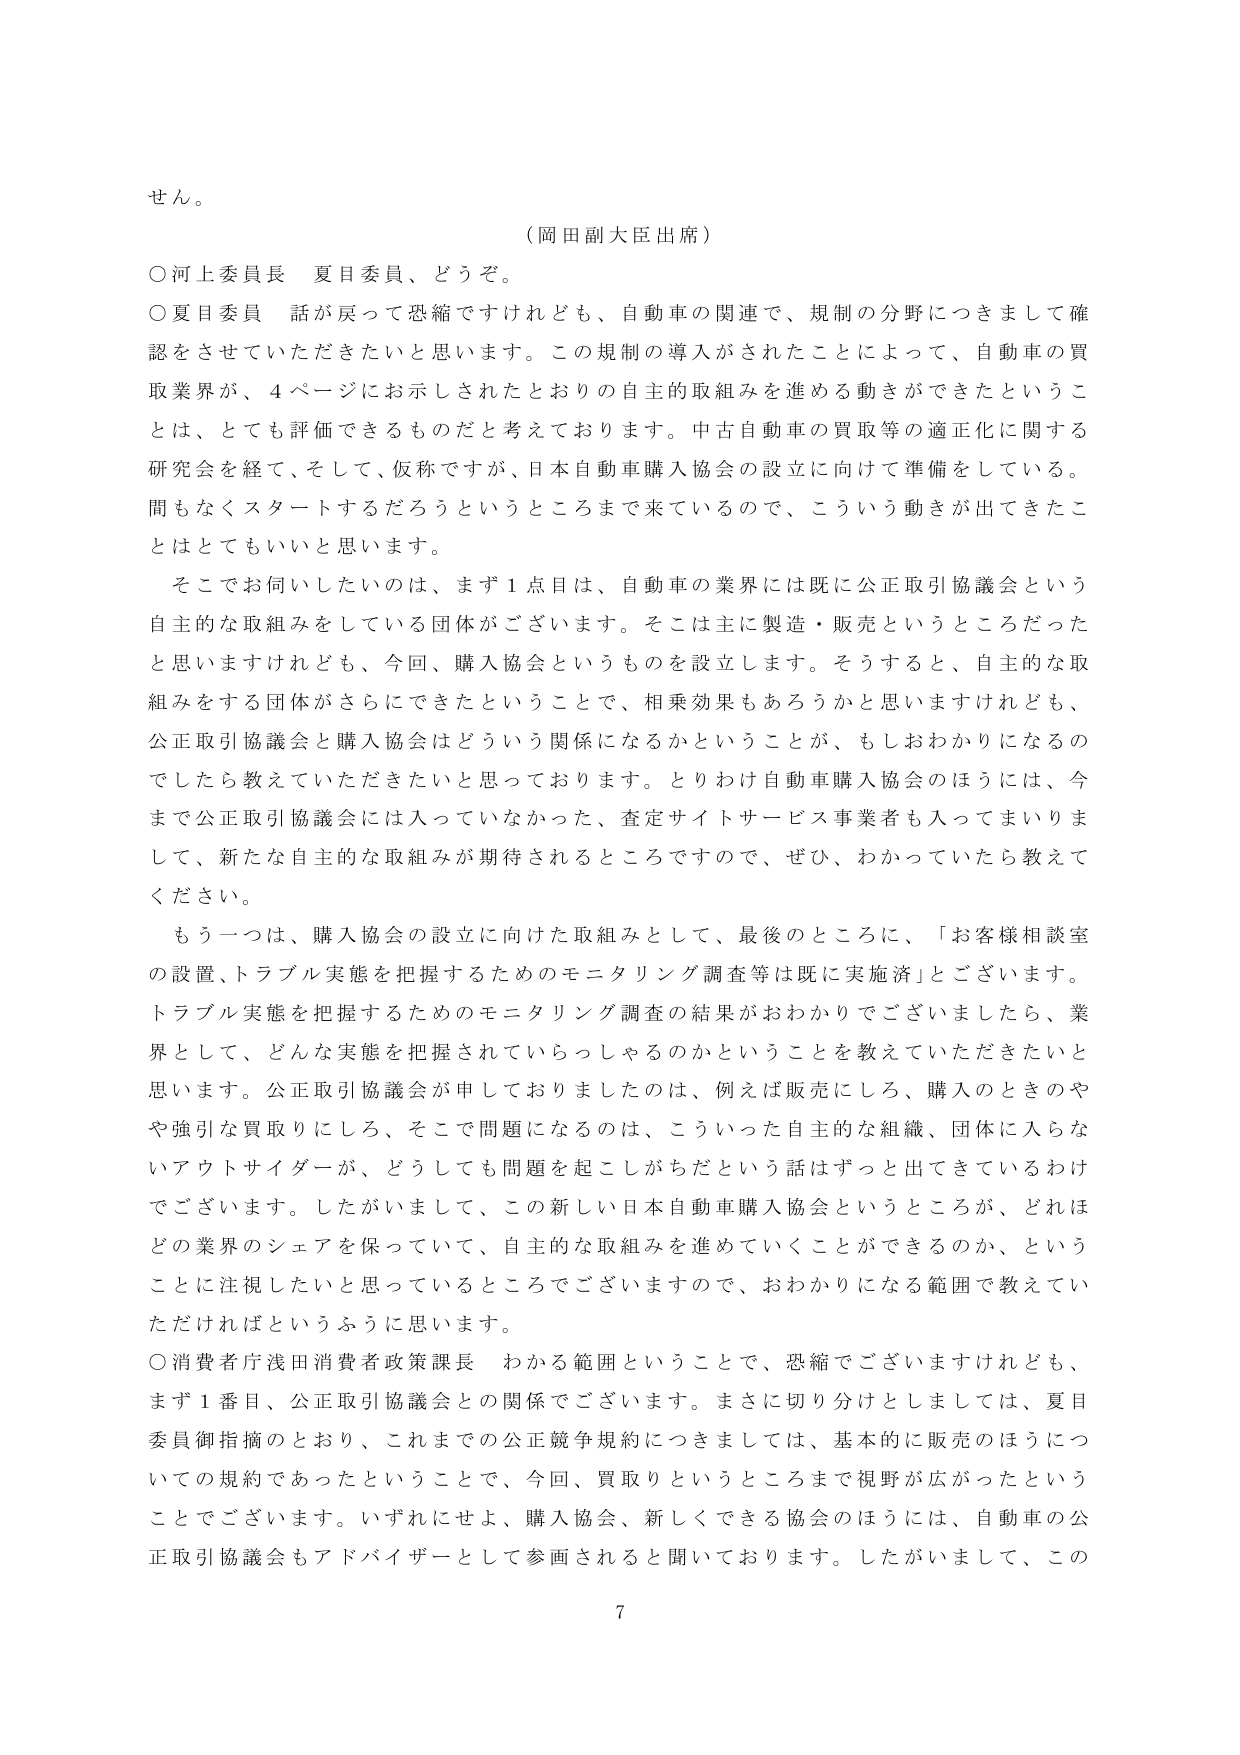
せん。

（岡田副大臣出席）

○河上委員長　夏目委員、どうぞ。

○夏目委員　話が戻って恐縮ですけれども、自動車の関連で、規制の分野につきまして確認をさせていただきたいと思います。この規制の導入がされたことによって、自動車の買取業界が、4ページにお示しされたとおりの自主的取組みを進める動きができたということは、とても評価できるものだと考えております。中古自動車の買取等の適正化に関する研究会を経て、そして、仮称ですが、日本自動車購入協会の設立に向けて準備をしている。間もなくスタートするだろうというところまで来ているので、こういう動きが出てきたことはとてもいいと思います。

そこでお伺いしたいのは、まず1点目は、自動車の業界には既に公正取引協議会という自主的な取組みをしている団体がございます。そこは主に製造・販売というところだったと思いますけれども、今回、購入協会というものを設立します。そうすると、自主的な取組みをする団体がさらにできたということで、相乗効果もあろうかと思いますけれども、公正取引協議会と購入協会はどういう関係になるかということが、もしおわかりになるのでしたら教えていただきたいと思っております。とりわけ自動車購入協会のほうには、今まで公正取引協議会には入っていなかった、査定サイトサービス事業者も入ってまいりまして、新たな自主的な取組みが期待されるところですので、ぜひ、わかっていただいたら教えてください。

もう一つは、購入協会の設立に向けた取組みとして、最後のところに、「お客様相談室の設置、トラブル実態を把握するためのモニタリング調査等は既に実施済」とございます。トラブル実態を把握するためのモニタリング調査の結果がおわかりでございましたら、業界として、どんな実態を把握されていらっしゃるのかということを教えていただきたいと思います。公正取引協議会が申しておりましたのは、例えば販売にしろ、購入のときのやや強引な買取りにしろ、そこで問題になるのは、こういった自主的な組織、団体に入らないアウトサイダーが、どうしても問題を起こしがちだという話はずっと出てきているわけでございます。したがいまして、この新しい日本自動車購入協会というところが、どれほどの業界のシェアを保っていて、自主的な取組みを進めていくことができるのか、ということに注視したいと思っているところでございますので、おわかりになる範囲で教えていただければというふうに思います。

○消費者庁浅田消費者政策課長　わかる範囲ということで、恐縮でございますけれども、まず1番目、公正取引協議会との関係でございます。まさに切り分けとしましては、夏目委員御指摘のとおり、これまでの公正競争規約につきましては、基本的に販売のほうについての規約であったということで、今回、買取りというところまで視野が広がったということでございます。いずれにせよ、購入協会、新しくできる協会のほうには、自動車の公正取引協議会もアドバイザーとして参画されると聞いております。したがいまして、この

7